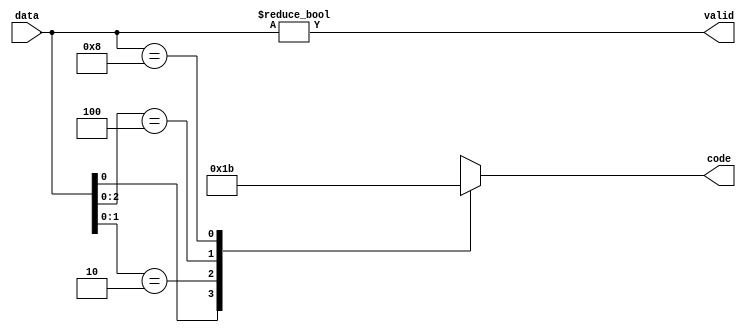
/*
module pre_encoder(data, code, valid);
	input [3:0] data;
	output reg [1:0] code;
	output valid;
	
	always @(*) begin
		if (data[0]) code = 0;
		else if (data[1]) code = 1;
		else if (data[2]) code = 2;
		else if (data[3]) code = 3;
		else code = 2'bx;
		
	end
	assign valid = |data;
endmodule
*/
module pre_encoder(data, code, valid);
	input [3:0] data;
	output reg [1:0] code;
	output valid;
	
	always @(*) begin
		casex (data)
			4'bxxx1: code = 0;
			4'bxx10: code = 1;
			4'bx100: code = 2;
			4'b1000: code = 3;
			default: code = 2'bx;
		endcase
		
	end
	assign valid = (data != 0);
endmodule